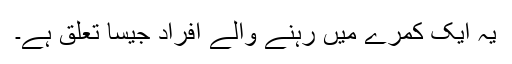
یہ ایک کمرے میں رہنے والے افراد جیسا تعلق ہے۔